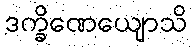
ဒက္ခိဏေယျောသိ